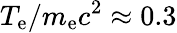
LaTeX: T_{\mathrm{e}}/m_{\mathrm{e}}c^{2}\approx 0.3